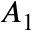
A _ { 1 }